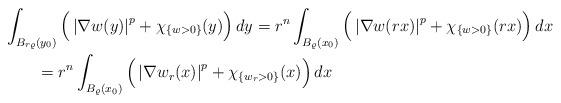
LaTeX: \begin{align*}&\int_{B_{r\varrho}(y_0)}\Big(\left|\nabla w(y)\right|^p+\chi_{\left\{w>0\right\}}(y)\Big)\,dy= {r^n}\int_{B_{\varrho}(x_0)}\Big(\left|\nabla w(rx)\right|^p+\chi_{\left\{w>0\right\}}(rx)\Big)\,dx\\&\qquad=r^n\int_{B_{\varrho}(x_0)}\Big(\left|\nabla w_r(x)\right|^p+\chi_{\left\{w_r>0\right\}}(x)\Big)\,dx\end{align*}